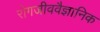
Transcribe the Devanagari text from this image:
रोगजीववैज्ञानिक